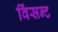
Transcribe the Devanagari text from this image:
विंसन्ट